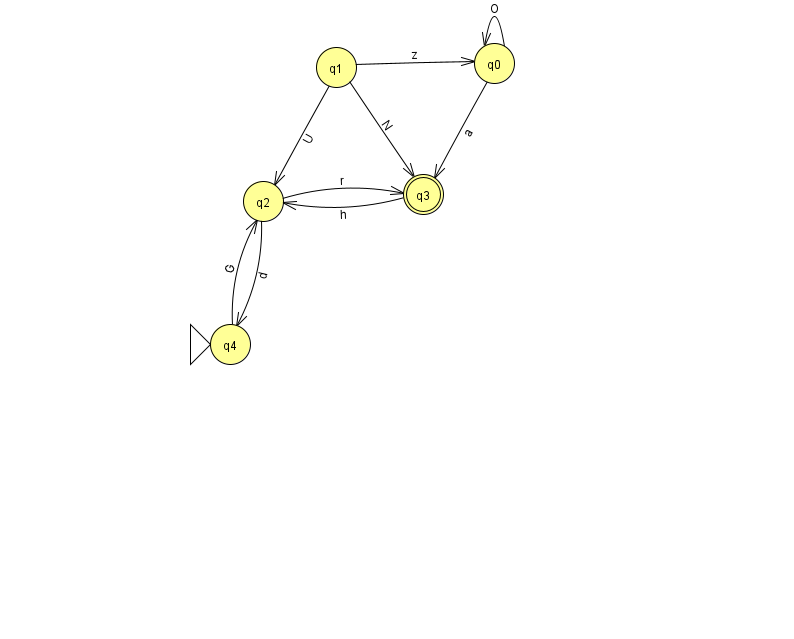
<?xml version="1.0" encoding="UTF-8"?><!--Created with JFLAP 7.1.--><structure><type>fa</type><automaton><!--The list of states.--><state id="0" name="q0"><x>494.0</x><y>50.0</y></state><state id="1" name="q1"><x>336.0</x><y>54.0</y></state><state id="2" name="q2"><x>263.0</x><y>188.0</y></state><state id="3" name="q3"><x>423.0</x><y>181.0</y><final/></state><state id="4" name="q4"><x>230.0</x><y>331.0</y><initial/></state><!--The list of transitions.--><transition><from>1</from><to>3</to><read>N</read></transition><transition><from>2</from><to>3</to><read>r</read></transition><transition><from>0</from><to>3</to><read>a</read></transition><transition><from>1</from><to>0</to><read>z</read></transition><transition><from>1</from><to>2</to><read>U</read></transition><transition><from>2</from><to>4</to><read>d</read></transition><transition><from>3</from><to>2</to><read>h</read></transition><transition><from>0</from><to>0</to><read>O</read></transition><transition><from>4</from><to>2</to><read>G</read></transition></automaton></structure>